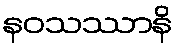
နဝသဿာနိ